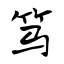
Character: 笃